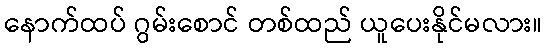
နောက်ထပ် ဂွမ်းစောင် တစ်ထည် ယူပေးနိုင်မလား။